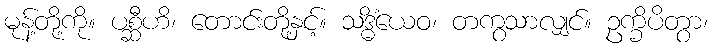
မုန့်တို့ကို။ ပစ္ဆီဟိ၊ တောင်းတို့နှင့်။ သဒ္ဓိံယေဝ၊ တကွသာလျှင်။ ဥက္ခိပိတွာ၊